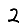
Digit: 2